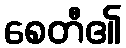
စေတီ၏